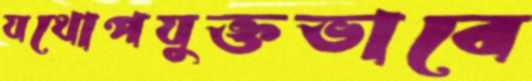
যথোপযুক্তভাবে